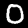
Label: 0